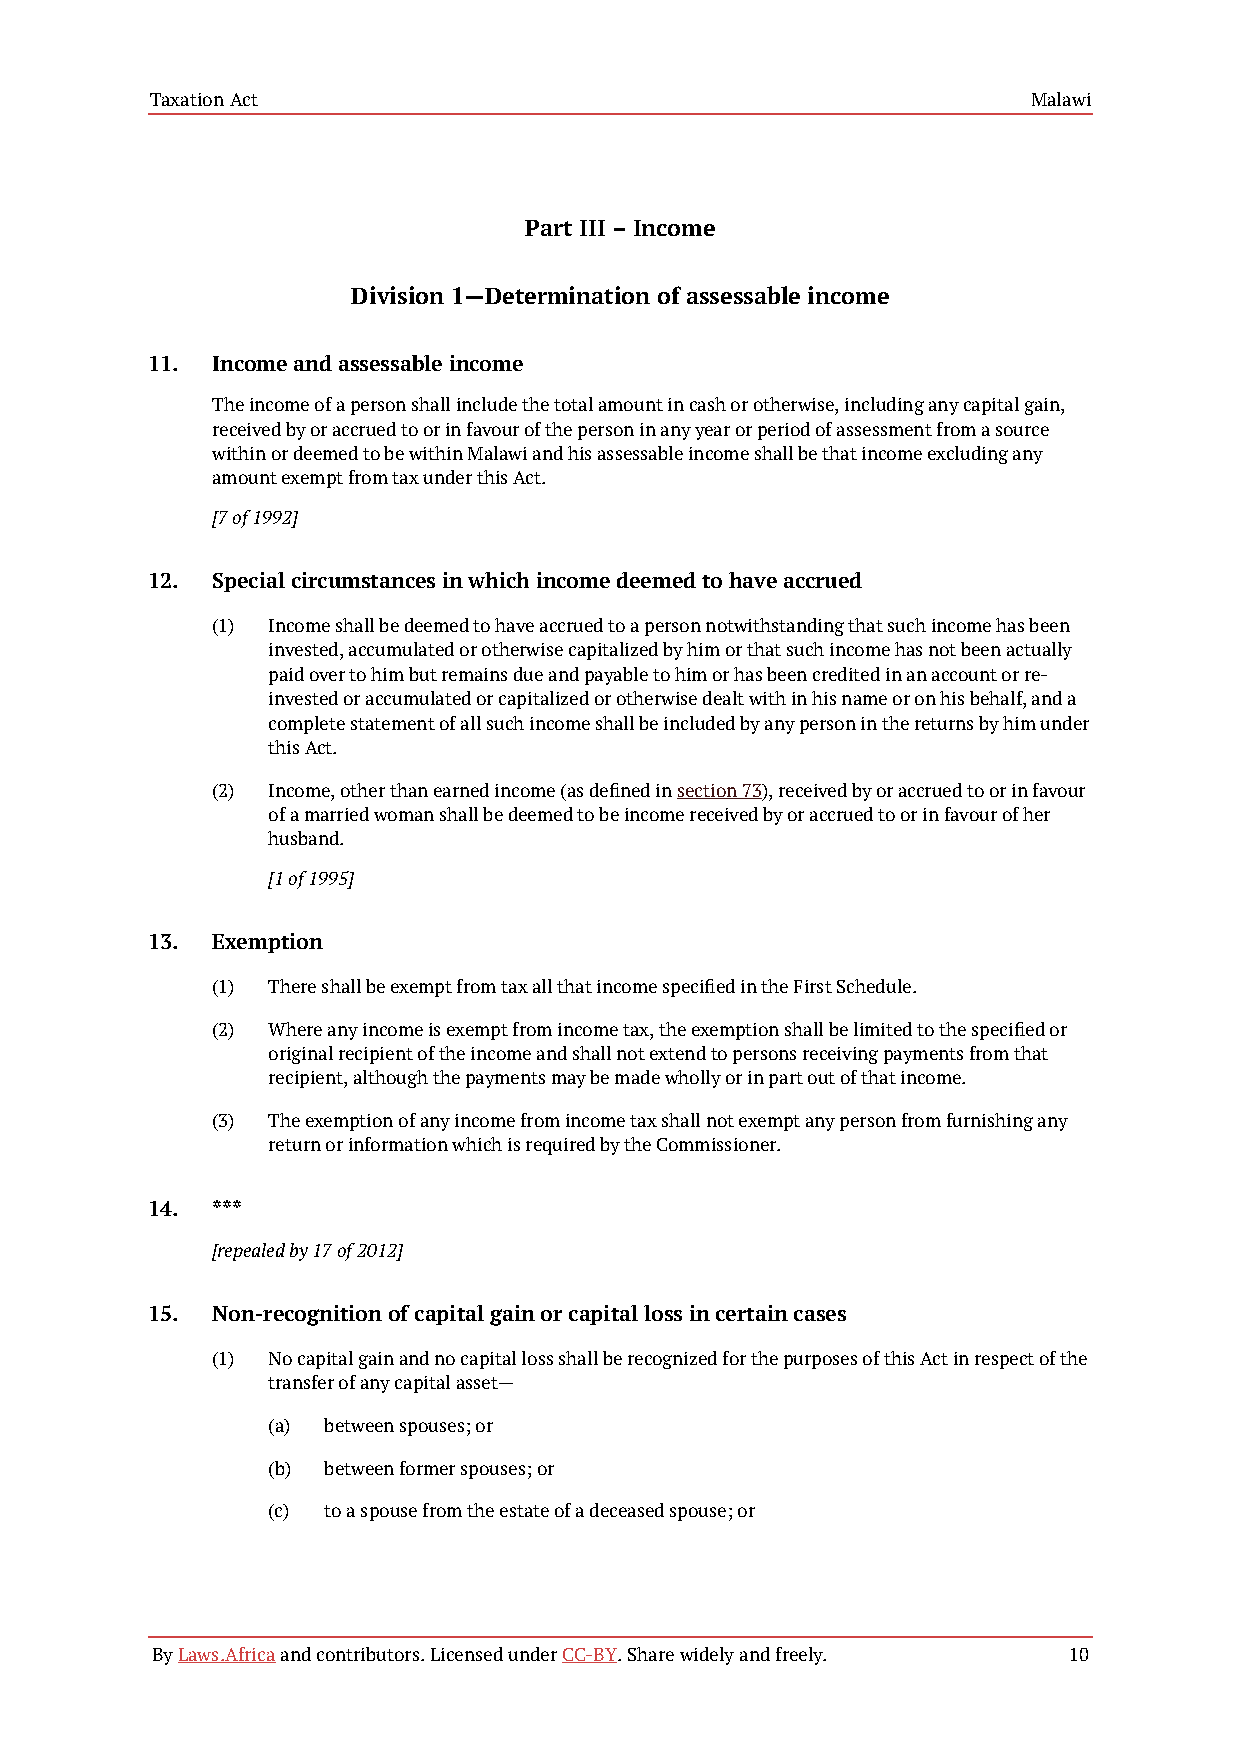
Taxation Act                                              Malawi
 Part III – Income
 Division 1—Determination of assessable income
 11. Income and assessable income
 The income of a person shall include the total amount in cash or otherwise, including any capital gain,
 received by or accrued to or in favour of the person in any year or period of assessment from a source
 within or deemed to be within Malawi and his assessable income shall be that income excluding any
 amount exempt from tax under this Act.
 [7 of 1992]
 12. Special circumstances in which income deemed to have accrued
 (1) Income shall be deemed to have accrued to a person notwithstanding that such income has been
 invested, accumulated or otherwise capitalized by him or that such income has not been actually
 paid over to him but remains due and payable to him or has been credited in an account or re-
 invested or accumulated or capitalized or otherwise dealt with in his name or on his behalf, and a
 complete statement of all such income shall be included by any person in the returns by him under
 this Act.
 (2) Income, other than earned income (as defined in section 73), received by or accrued to or in favour
 of a married woman shall be deemed to be income received by or accrued to or in favour of her
 husband.
 [1 of 1995]
 13. Exemption
 (1) There shall be exempt from tax all that income specified in the First Schedule.
 (2) Where any income is exempt from income tax, the exemption shall be limited to the specified or
 original recipient of the income and shall not extend to persons receiving payments from that
 recipient, although the payments may be made wholly or in part out of that income.
 (3) The exemption of any income from income tax shall not exempt any person from furnishing any
 return or information which is required by the Commissioner.
 14. ***
 [repealed by 17 of 2012]
 15. Non-recognition of capital gain or capital loss in certain cases
 (1) No capital gain and no capital loss shall be recognized for the purposes of this Act in respect of the
 transfer of any capital asset—
 (a) between spouses; or
 (b) between former spouses; or
 (c) to a spouse from the estate of a deceased spouse; or
 By Laws.Africa and contributors. Licensed under CC-BY. Share widely and freely. 10